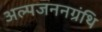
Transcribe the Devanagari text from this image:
अल्पजननग्रंथि